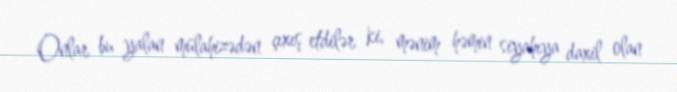
Onlar bu yalan mülahizədən çıxış etdilər ki, mənim həmin siyahıya daxil olan